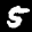
Label: 5